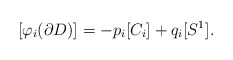
\begin{align*} [ \varphi_i ( \partial D)] = - p_i [C_i] + q_i [S^1].\end{align*}